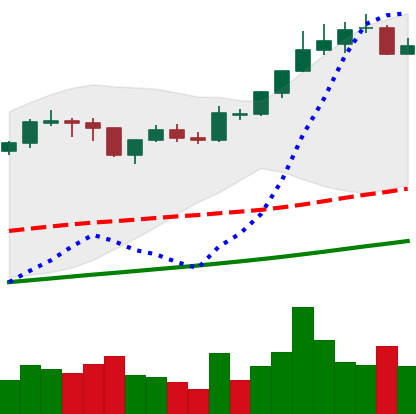
Ticker: BTC-USD
Chart end date: 2017-11-07
Forward return: -16.717%
Label: down_7plus